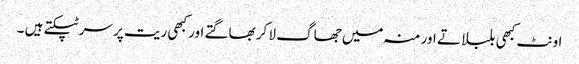
اونٹ کبھی بلبلاتے اور منہ میں جھاگ لا کر بھاگتے اور کبھی ریت پر سر ٹپکتے ہیں ۔